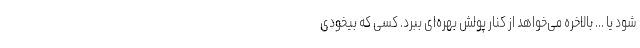
شود یا ... بالاخره می‌خواهد از کنار پولش بهره‌ای ببرد. کسی که بیخودی